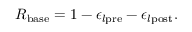
R _ { \mathrm { b a s e } } = 1 - \epsilon _ { l \mathrm { p r e } } - \epsilon _ { l \mathrm { p o s t } } .